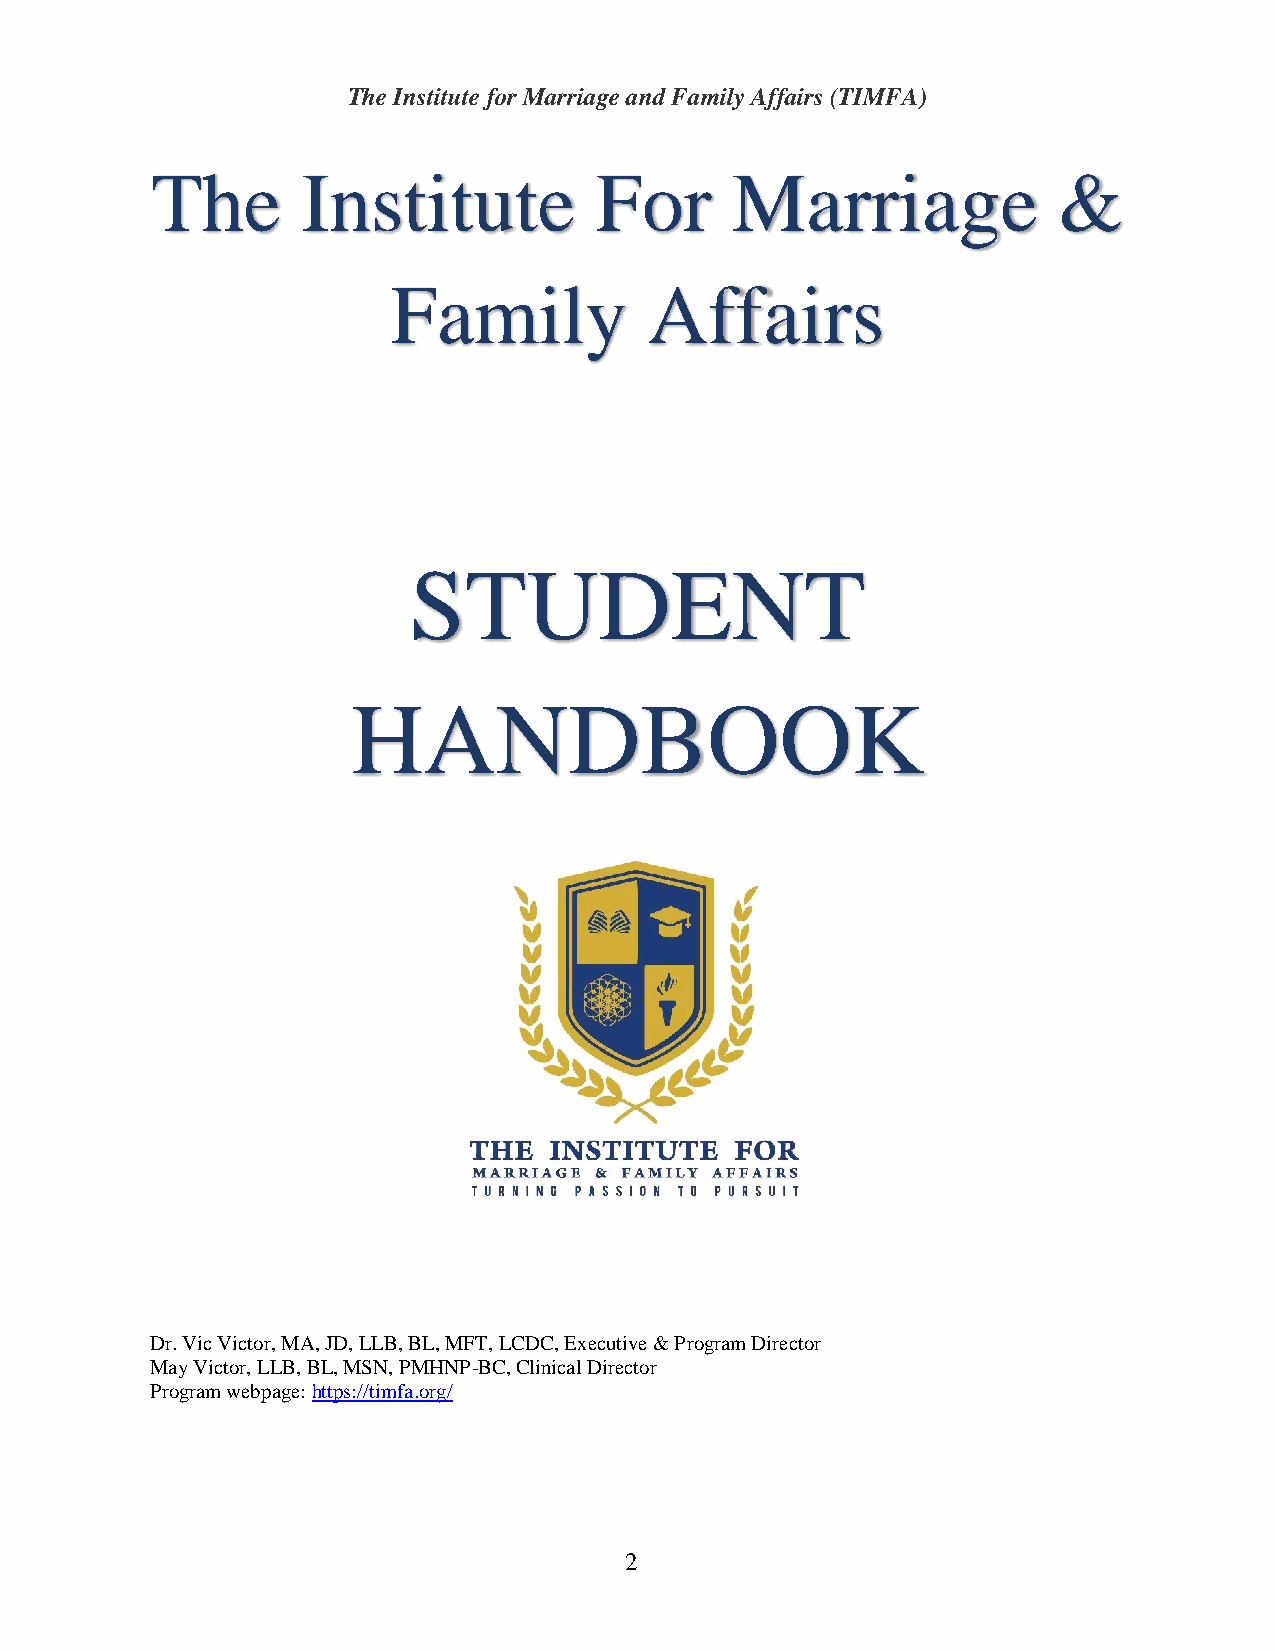
The Institute for Marriage and Family Affairs (TIMFA)
 The       Institute          For      Marriage              &
 Family           Affairs
 STUDENT
 HANDBOOK
 Dr. Vic Victor, MA, JD, LLB, BL, MFT, LCDC, Executive & Program Director
 May Victor, LLB, BL, MSN, PMHNP-BC, Clinical Director
 Program webpage: https://timfa.org/
 2